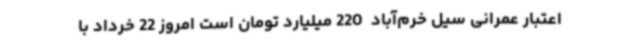
اعتبار عمرانی سیل خرم‌آباد  220 میلیارد تومان است امروز 22 خرداد با